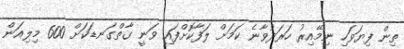
ތިން ފިޔަވަހި ނިމޭއިރު ހަރަދުވާނެ ކަމަށް ލަފާކޮށްފައި ވަނީ ގާތްގަނޑަކަށް 600 މިލިއަން